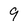
Character: 9